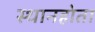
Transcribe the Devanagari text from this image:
स्थानहोता